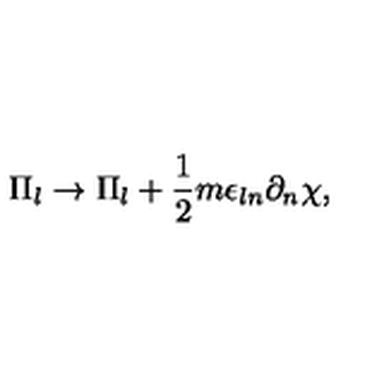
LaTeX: \Pi _ { l } \rightarrow \Pi _ { l } + \frac { 1 } { 2 } m \epsilon _ { l n } \partial _ { n } \chi ,